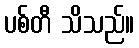
ပစ်တီ သိသည်။